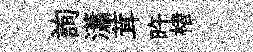
詢瀟茸旿楮